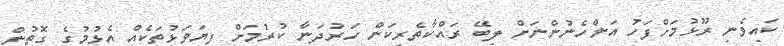
ކައިވެނި ރޫޅުމަށްފަހު އަންހެނުންނަށް ލިބޭ ރައްކާތެރިކަން ހަރުދަނާ ކުރުމަށް ފިޔަވަޅުތަކެއް އެޅުމުގެ ގޮތުން